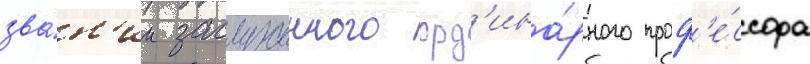
зва́н'ии заслуженного орд'ина́рного проф'е́ссора